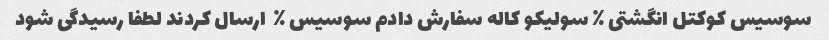
سوسیس کوکتل انگشتی ٪ سولیکو کاله سفارش دادم سوسیس ٪  ارسال کردند لطفا رسیدگی شود